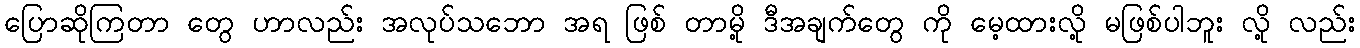
ပြောဆိုကြတာ တွေ ဟာလည်း အလုပ်သဘော အရ ဖြစ် တာမို့ ဒီအချက်တွေ ကို မေ့ထားလို့ မဖြစ်ပါဘူး လို့ လည်း